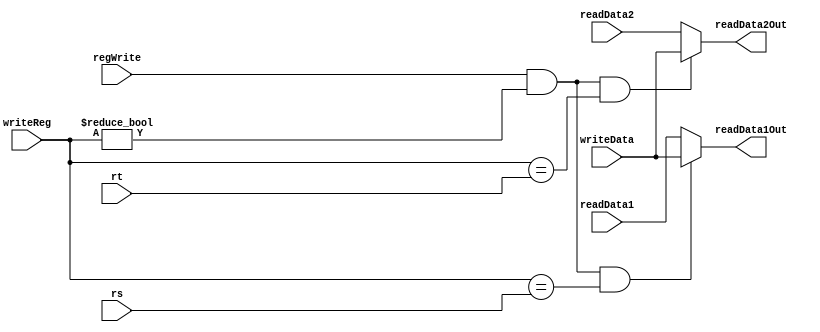
`timescale 1 ps / 100 fs
module wbForwardingUnit(readData1, readData2, writeData, regWrite, writeReg, rs, rt, readData1Out, readData2Out);
    input [31:0] readData1, readData2, writeData;
    input [4:0] writeReg, rs, rt;
    input regWrite;
    output [31:0] readData1Out, readData2Out;
    reg[31:0] readData1Out, readData2Out;
    
    always @(*)
    begin
        if (regWrite && (writeReg != 0) && (writeReg == rs))
            readData1Out = writeData;
        else
            readData1Out = readData1;

        if (regWrite && (writeReg != 0) && (writeReg == rt))
            readData2Out = writeData;
        else
            readData2Out = readData2;
    end
endmodule